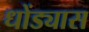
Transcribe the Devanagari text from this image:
धोंड्यास